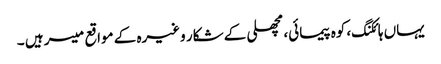
یہاں ہائکنگ، کوہ پیمائی، مچھلی کے شکار وغیرہ کے مواقع میسر ہیں ۔